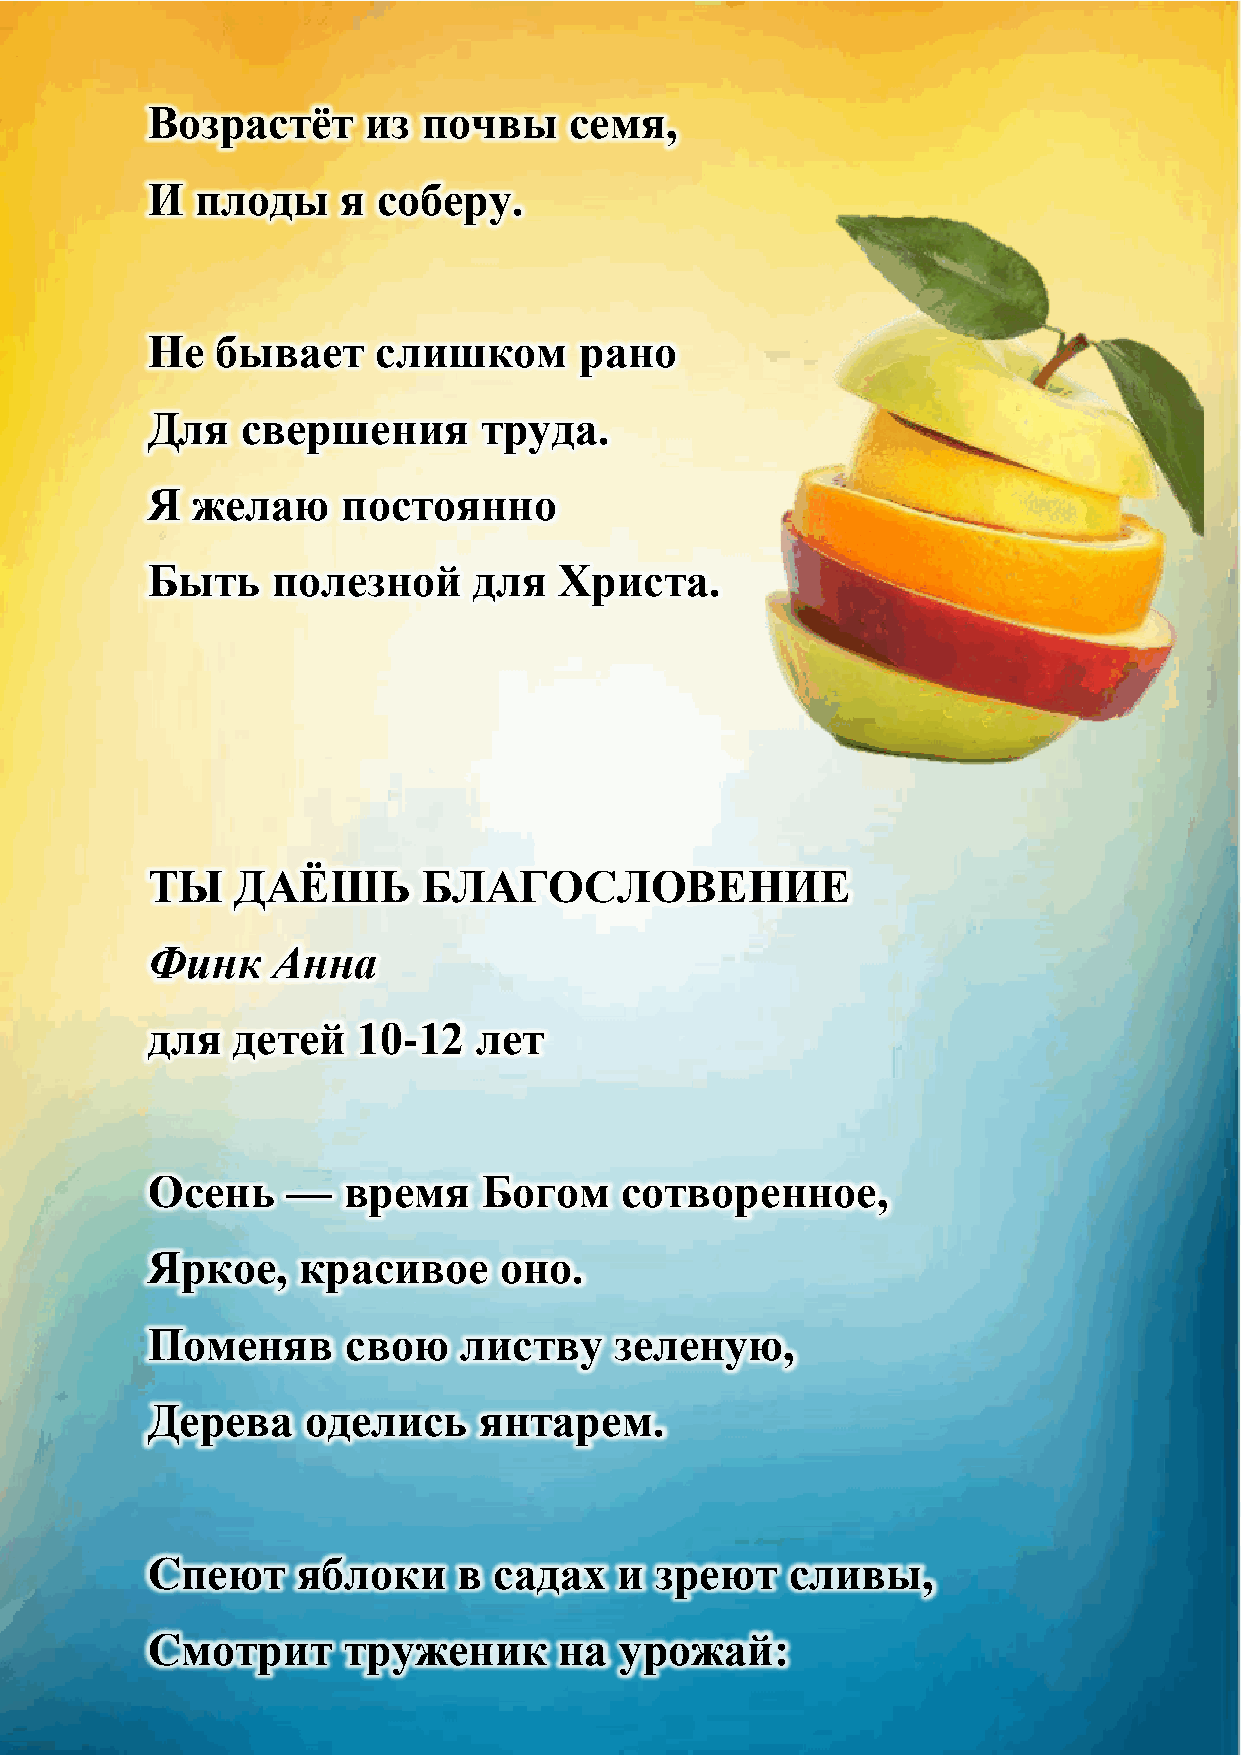
Возрастѐт     из  почвы     семя,
 И  плоды     я соберу.
 Не  бывает     слишком      рано
 Для   свершения       труда.
 Я  желаю     постоянно
 Быть    полезной     для   Христа.
 ТЫ    ДАЁШЬ       БЛАГОСЛОВЕНИЕ
 Финк    Анна
 для  детей    10-12  лет
 Осень    —   время    Богом    сотворенное,
 Яркое,    красивое     оно.
 Поменяв      свою   листву     зеленую,
 Дерева    оделись     янтарем.
 Спеют     яблоки    в  садах   и зреют    сливы,
 Смотрит      труженик      на  урожай: